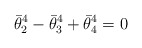
\begin{align*}\bar{\theta}_{2}^{4}-\bar{\theta}_{3}^{4}+\bar{\theta}_{4}^{4}=0\end{align*}